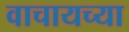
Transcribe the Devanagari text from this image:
वाचायच्या